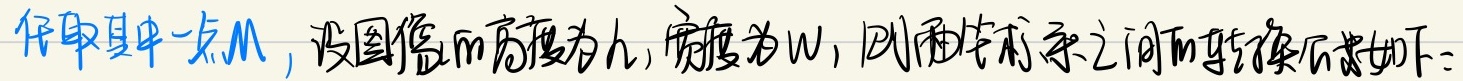
任取其中一点\(M\)，设图像的高度为\(h\)，宽度为\(W\)，则两坐标系之间的转换公式如下：